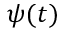
\psi ( t )